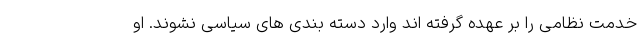
خدمت نظامی را بر عهده گرفته اند وارد دسته بندی های سیاسی نشوند. او